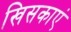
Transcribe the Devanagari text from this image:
खिसकाएं